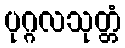
ပုဂ္ဂလသုတ္တံ